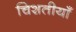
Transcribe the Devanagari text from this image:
चिशतीयाँ